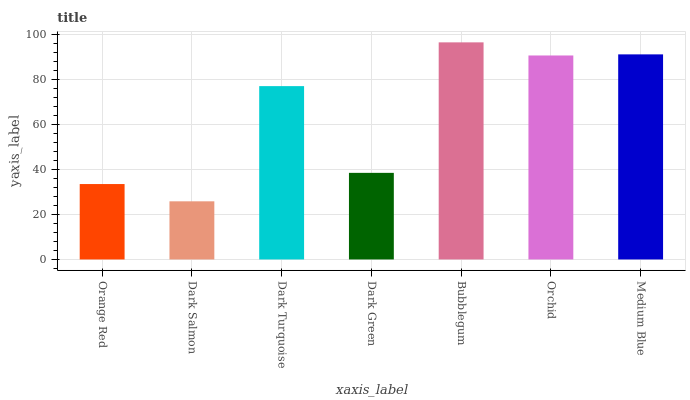
| xaxis_label | bars |
 | --- | --- |
 | Orange Red | 33.5 |
 | Dark Salmon | 25.8 |
 | Dark Turquoise | 77.1 |
 | Dark Green | 38.5 |
 | Bubblegum | 96.5 |
 | Orchid | 90.7 |
 | Medium Blue | 91.2 |